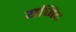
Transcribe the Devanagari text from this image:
यजिद